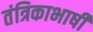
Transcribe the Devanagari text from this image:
तंत्रिकाभाषी